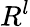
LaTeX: R^{l}